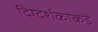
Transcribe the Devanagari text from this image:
दिग्दर्शकाकडे